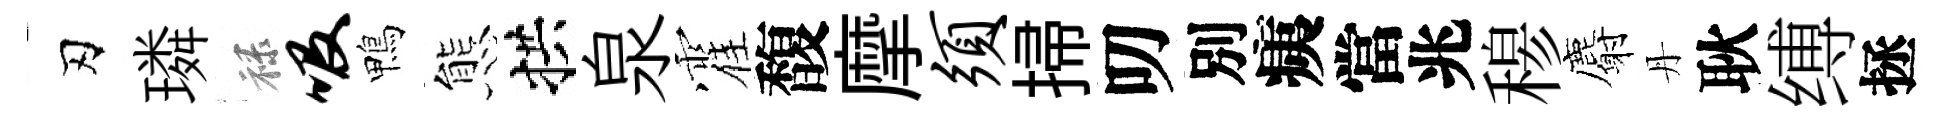
刃璘禄吸鴨態拱泉霍馥摩须掃叨別痍當兆𥠇麝丹耿缚拯